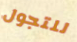
للتجول